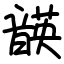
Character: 韺